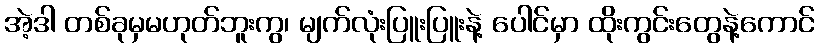
အဲ့ဒါ တစ်ခုမှမဟုတ်ဘူးကွ၊ မျက်လုံးပြူးပြူးနဲ့ ပေါင်မှာ ထိုးကွင်းတွေနဲ့ကောင်